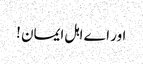
اور اے اہل ایمان !